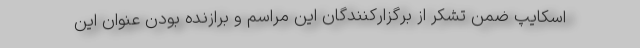
اسکایپ ضمن تشکر از برگزارکنندگان این مراسم و برازنده بودن عنوان این